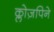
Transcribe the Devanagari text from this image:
क्लोज़पिने